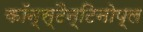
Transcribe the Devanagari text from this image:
कॉन्स्टैन्टिनोप्ल